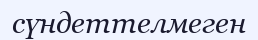
сүндеттелмеген